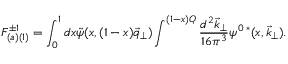
F _ { ( a ) ( 1 ) } ^ { \pm 1 } = \int _ { 0 } ^ { 1 } d x \tilde { \psi } ( x , ( 1 - x ) \vec { q } _ { \perp } ) \int ^ { ( 1 - x ) Q } \frac { d ^ { 2 } \vec { k } _ { \perp } } { 1 6 \pi ^ { 3 } } \psi ^ { 0 \; * } ( x , \vec { k } _ { \perp } ) .